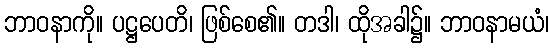
ဘာဝနာကို။ ပဋ္ဌပေတိ၊ ဖြစ်စေ၏။ တဒါ၊ ထိုအခါ၌။ ဘာဝနာမယံ၊